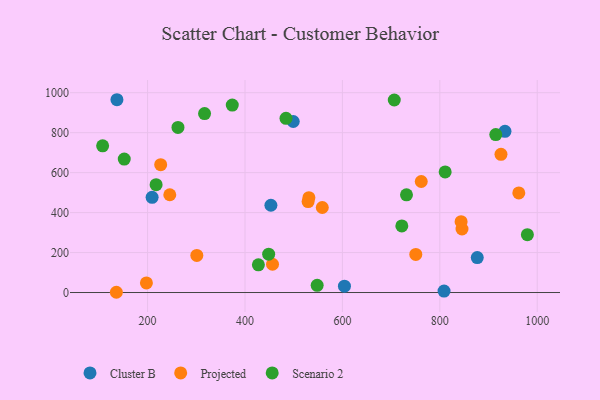
{"axis": {"x": "Ad Spend", "y": "Demand"}, "legend": ["Cluster B", "Projected", "Scenario 2"], "data": [{"x": "933.8", "y": 806.6, "type": "Cluster B"}, {"x": "808.7", "y": 7.2, "type": "Cluster B"}, {"x": "453.2", "y": 436.8, "type": "Cluster B"}, {"x": "209.3", "y": 476.6, "type": "Cluster B"}, {"x": "499.1", "y": 855.9, "type": "Cluster B"}, {"x": "876.9", "y": 175.0, "type": "Cluster B"}, {"x": "604.2", "y": 31.6, "type": "Cluster B"}, {"x": "137.1", "y": 964.8, "type": "Cluster B"}, {"x": "245.6", "y": 489.4, "type": "Projected"}, {"x": "531.2", "y": 474.5, "type": "Projected"}, {"x": "962.2", "y": 498.6, "type": "Projected"}, {"x": "558.7", "y": 425.5, "type": "Projected"}, {"x": "301.1", "y": 185.6, "type": "Projected"}, {"x": "761.9", "y": 555.6, "type": "Projected"}, {"x": "197.6", "y": 48.3, "type": "Projected"}, {"x": "845.6", "y": 317.9, "type": "Projected"}, {"x": "750.7", "y": 190.6, "type": "Projected"}, {"x": "843.7", "y": 354.8, "type": "Projected"}, {"x": "456.5", "y": 141.6, "type": "Projected"}, {"x": "226.9", "y": 639.9, "type": "Projected"}, {"x": "135.9", "y": 1.3, "type": "Projected"}, {"x": "529.6", "y": 455.1, "type": "Projected"}, {"x": "925.6", "y": 691.5, "type": "Projected"}, {"x": "152.1", "y": 667.7, "type": "Scenario 2"}, {"x": "262.4", "y": 826.0, "type": "Scenario 2"}, {"x": "107.7", "y": 734.0, "type": "Scenario 2"}, {"x": "448.6", "y": 192.1, "type": "Scenario 2"}, {"x": "427.5", "y": 138.7, "type": "Scenario 2"}, {"x": "979.8", "y": 289.7, "type": "Scenario 2"}, {"x": "217.5", "y": 539.7, "type": "Scenario 2"}, {"x": "317.0", "y": 895.6, "type": "Scenario 2"}, {"x": "811.0", "y": 603.5, "type": "Scenario 2"}, {"x": "373.9", "y": 938.1, "type": "Scenario 2"}, {"x": "484.2", "y": 871.8, "type": "Scenario 2"}, {"x": "914.9", "y": 790.2, "type": "Scenario 2"}, {"x": "706.5", "y": 963.5, "type": "Scenario 2"}, {"x": "548.2", "y": 36.2, "type": "Scenario 2"}, {"x": "731.6", "y": 488.9, "type": "Scenario 2"}, {"x": "722.0", "y": 333.1, "type": "Scenario 2"}]}